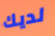
لديك